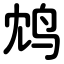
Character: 鸩